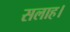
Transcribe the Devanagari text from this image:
सलाह।